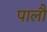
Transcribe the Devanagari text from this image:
पालौ